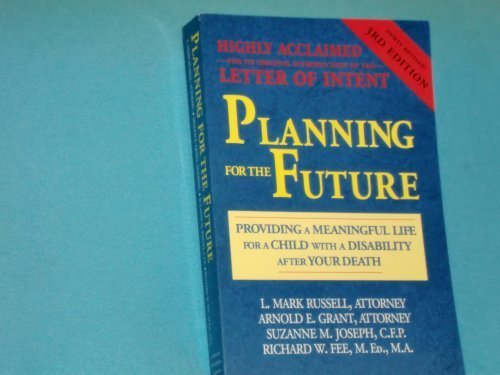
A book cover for Planning for the Future: Providing a Meaningful Life for a Child With a Disability After Your Death; Arnold E. Grant; Health, Fitness & Dieting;